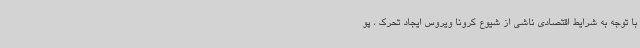
با توجه به شرایط اقتصادی ناشی از شیوع کرونا ویروس ایجاد تحرک ، پو